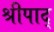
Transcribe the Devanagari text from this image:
श्रीपाद्